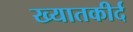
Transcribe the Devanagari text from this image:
ख्यातकीर्द